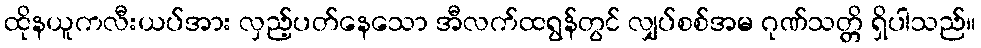
ထိုနယူကလီးယပ်အား လှည့်ပတ်နေသော အီလက်ထရွန်တွင် လျှပ်စစ်အမ ဂုဏ်သတ္တိ ရှိပါသည်။